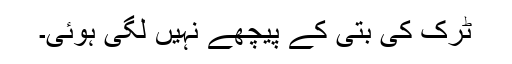
ٹرک کی بتی کے پیچھے نہیں لگی ہوئی۔